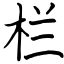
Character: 栏